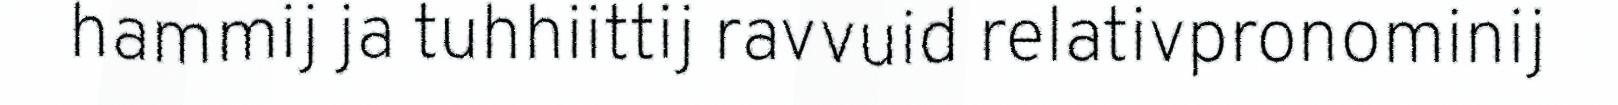
hammij ja tuhhiittij ravvuid relativpronominij